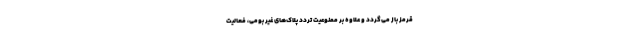
قرمز باز می‌گردد و علاوه بر ممنوعیت تردد پلاک‌های غیر بومی، فعالیت